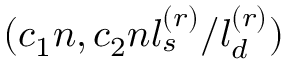
( c _ { 1 } n , c _ { 2 } n l _ { s } ^ { ( r ) } / l _ { d } ^ { ( r ) } )